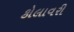
કોલાવરી